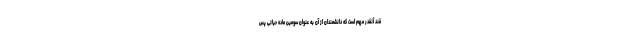
قند آنقدر مهم است که دانشمندان از آن به عنوان سومین ماده حیاتی پس